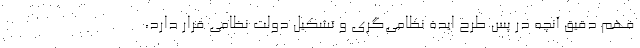
فهم دقیق آنچه در پس طرح ایده‌ نظامی‌گری و تشکیل دولت نظامی قرار دارد،